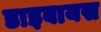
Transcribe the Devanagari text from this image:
डाइबायस